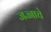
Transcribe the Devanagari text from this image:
जज्जाचे